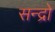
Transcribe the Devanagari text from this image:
सन्द्रो